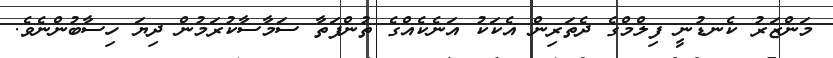
މަންޒަރު ކެނޑުނީ ފިލްމްގެ ދެތަރިން އެކަކު އަނެކެއްގެ ތުންފަތާ ސަމާސާކުރަމުން ދިޔަ ހިސާބުންނެވެ.